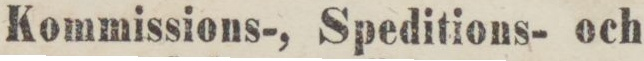
Kommissions-, Speditions- och